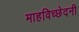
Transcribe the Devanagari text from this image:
माहविच्छेदनी